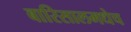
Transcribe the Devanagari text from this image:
बारिसालमधेच